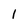
Character: 1